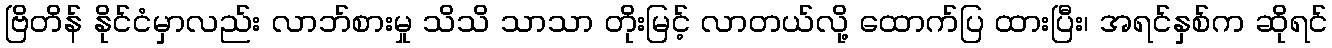
ဗြိတိန် နိုင်ငံမှာလည်း လာဘ်စားမှု သိသိ သာသာ တိုးမြင့် လာတယ်လို့ ထောက်ပြ ထားပြီး၊ အရင်နှစ်က ဆိုရင်